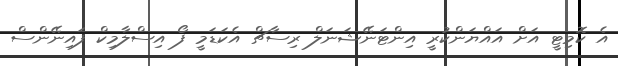
އެ ކޮމިޓީ އަށް އައްޔަންކުރީ އިންޓަނޭޝަނަލް ރިސާޗް އެކަޑަމީ ފޯ އިސްލާމިކް ފައިނޭންސް